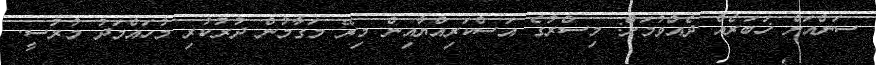
ސަންއަށް ޚަބަރެއް ދެއްވުމަށް: މިސްރުގެ އަސްކަރިއްޔާއިން މިރޭ މަގާމުން ދުރުކުރި މުހައްމަދު މުރުސީ.